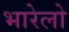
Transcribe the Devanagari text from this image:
भारेलो